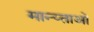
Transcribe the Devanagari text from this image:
मान्य्ताओ